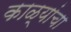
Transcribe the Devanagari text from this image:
काळ्यांचा